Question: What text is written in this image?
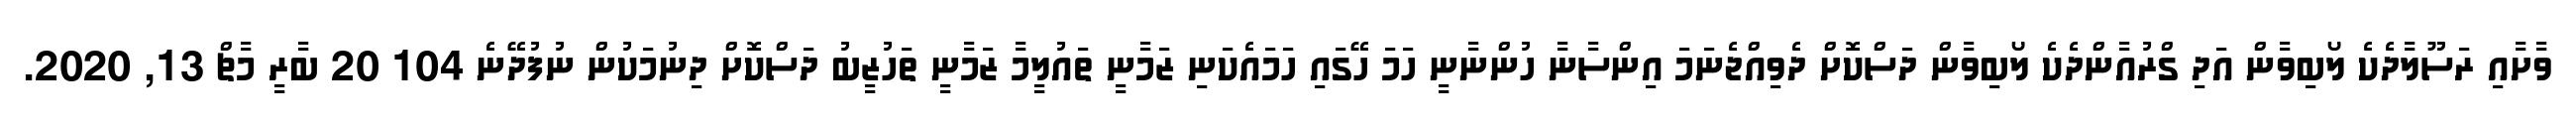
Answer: ވާށާއި ރަސޫލާދެކެ ލޯބިވާން އަދި ގްރުއާންދެކެ ލޯބިވާން ދަސްކޮށް ދެވިއްޖެނަމަ އިންސާނާ ހުންނާނީ ހަމަ ހޭގައި ހަމައެކަނި ޒަމާނީ ތައުލީމާ ޒަމާނީ ތަހުޒީބު ދަސްކޮށް ދިނުމަކުން ނުފުދޭނެ 104 20 ބާރީ މާޗް 13, 2020.